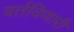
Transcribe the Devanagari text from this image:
वर्तविणारी